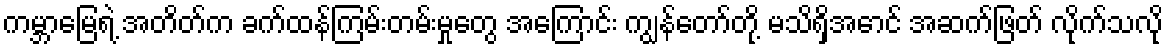
ကမ္ဘာမြေရဲ့ အတိတ်က ခက်ထန်ကြမ်းတမ်းမှုတွေ အကြောင်း ကျွန်တော်တို့ မသိရှိအောင် အဆက်ဖြတ် လိုက်သလို